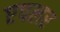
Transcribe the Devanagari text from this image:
एपलर